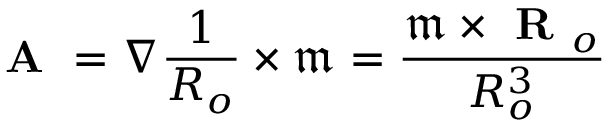
\textbf { A } = \nabla \frac { 1 } { R _ { o } } \times \mathfrak { m } = \frac { \mathfrak { m } \times \textbf { R } _ { o } } { R _ { o } ^ { 3 } }